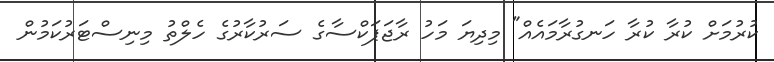
ކުރުމަށް ކުރާ ކުރާ ހަނގުރާމައެއް" މިދިޔަ މަހު ރާޖަޕަކްސާގެ ސަރުކާރުގެ ހެލްތު މިނިސްޓަރުކަމުން